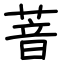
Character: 萻